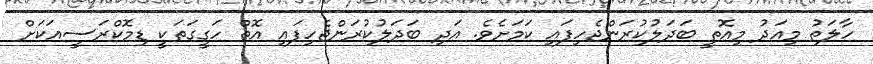
ހާލަތު މިއަދު މިއޮތީ ބަދަލުކުރަންޖެހިފައި ކަމަށެވެ. އަދި ބަދަލުކުރަންޖެހިފައި އޮތް ހަގީގަތަކީ ޑިމޮކްރަސީއަކަށް